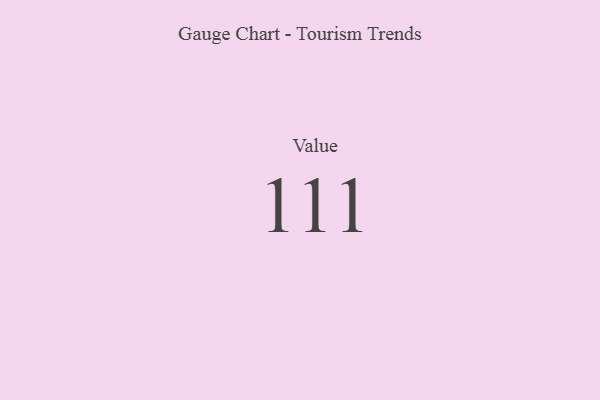
{"axis": {"x": "Metric", "y": "Value"}, "legend": [""], "data": [{"x": "Value", "y": 111, "type": ""}]}